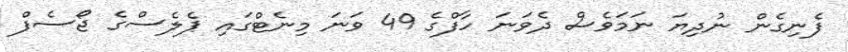
ފެނިގެން ނުދިޔަ ނަމަވެސް ދެވަނަ ހާފްގެ 49 ވަނަ މިނެޓްގައި ޕެލެސްގެ ޖޯސެފް